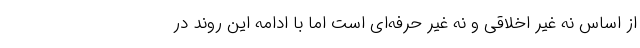
از اساس نه غیر اخلاقی و نه غیر حرفه‌ای است اما با ادامه این روند در